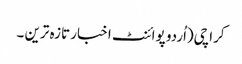
کراچی(اُردو پوائنٹ اخبار تازہ ترین ۔